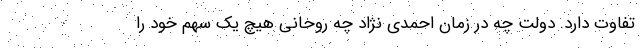
تفاوت دارد. دولت چه در زمان احمدی نژاد چه روحانی هیچ یک سهم خود را